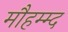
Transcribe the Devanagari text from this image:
मौहम्म्द